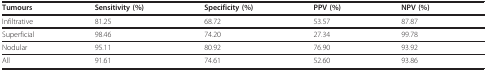
<table><thead><tr><td><b>Tumours</b></td><td><b>Sensitivity (%)</b></td><td><b>Specificity (%)</b></td><td><b>PPV (%)</b></td><td><b>NPV (%)</b></td></tr></thead><tbody><tr><td>Infiltrative</td><td>81.25</td><td>68.72</td><td>53.57</td><td>87.87</td></tr><tr><td>Superficial</td><td>98.46</td><td>74.20</td><td>27.34</td><td>99.78</td></tr><tr><td>Nodular</td><td>95.11</td><td>80.92</td><td>76.90</td><td>93.92</td></tr><tr><td>All</td><td>91.61</td><td>74.61</td><td>52.60</td><td>93.86</td></tr></tbody></table>